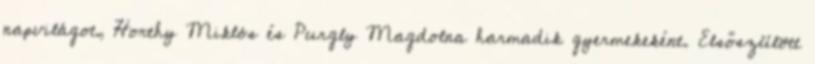
napvilágot, Horthy Miklós és Purgly Magdolna harmadik gyermekeként. Elsőszülött